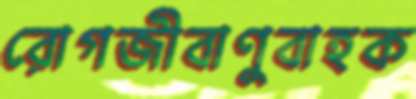
রোগজীবাণুবাহক